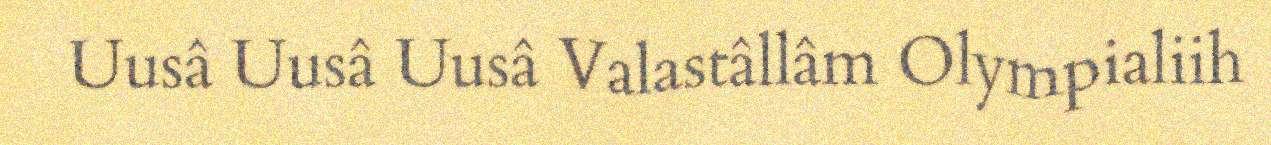
Uusâ Uusâ Uusâ Valastâllâm Olympialiih